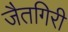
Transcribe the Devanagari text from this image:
जैतगिरी